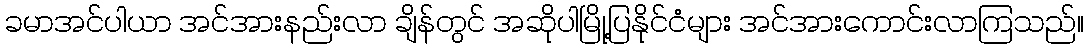
ခမာအင်ပါယာ အင်အားနည်းလာ ချိန်တွင် အဆိုပါမြို့ပြနိုင်ငံများ အင်အားကောင်းလာကြသည်။